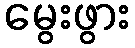
မွေးဖွား